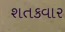
શતકવાર